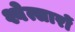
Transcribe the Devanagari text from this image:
श्वेत्सारों